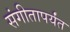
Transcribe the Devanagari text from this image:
संगीतापर्यंत